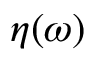
\eta ( \omega )